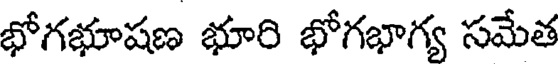
భోగభూషణ భూరి భోగభాగ్య సమేత